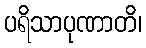
ပရိသာပုဏာတိ၊